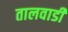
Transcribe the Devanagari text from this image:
तालवाडी